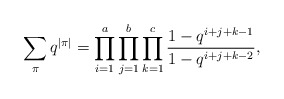
\begin{align*} \sum_{\pi}q^{\vert\pi\vert}=\prod _{i=1} ^{a}\prod _{j=1} ^{b}\prod _{k=1} ^{c}\frac {1-q^{i+j+k-1}} {1-q^{i+j+k-2}},\end{align*}